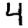
Digit: 4